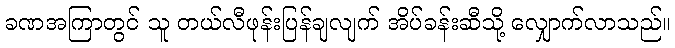
ခဏအကြာတွင် သူ တယ်လီဖုန်းပြန်ချလျက် အိပ်ခန်းဆီသို့ လျှောက်လာသည်။